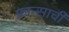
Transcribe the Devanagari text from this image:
फ्रान्साची